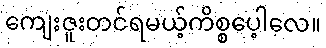
ကျေးဇူးတင်ရမယ့်ကိစ္စပေ့ါလေ။